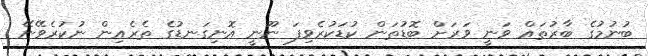
ބުނުމުގެ ބާރުތައް ވަނީ ވަރަށް ބޮޑުތަން ކުޑަކުރެވިފަ ނޫނީ އޮނިގަނޑުގެ ތެރެއިން ނުކުރެވޭނޭ